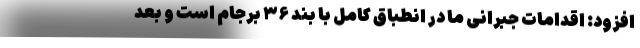
افزود: اقدامات جبرانی ما در انطباق کامل با بند ۳۶ برجام است و بعد